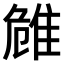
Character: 𨾼